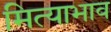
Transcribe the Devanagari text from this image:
मित्याभाव